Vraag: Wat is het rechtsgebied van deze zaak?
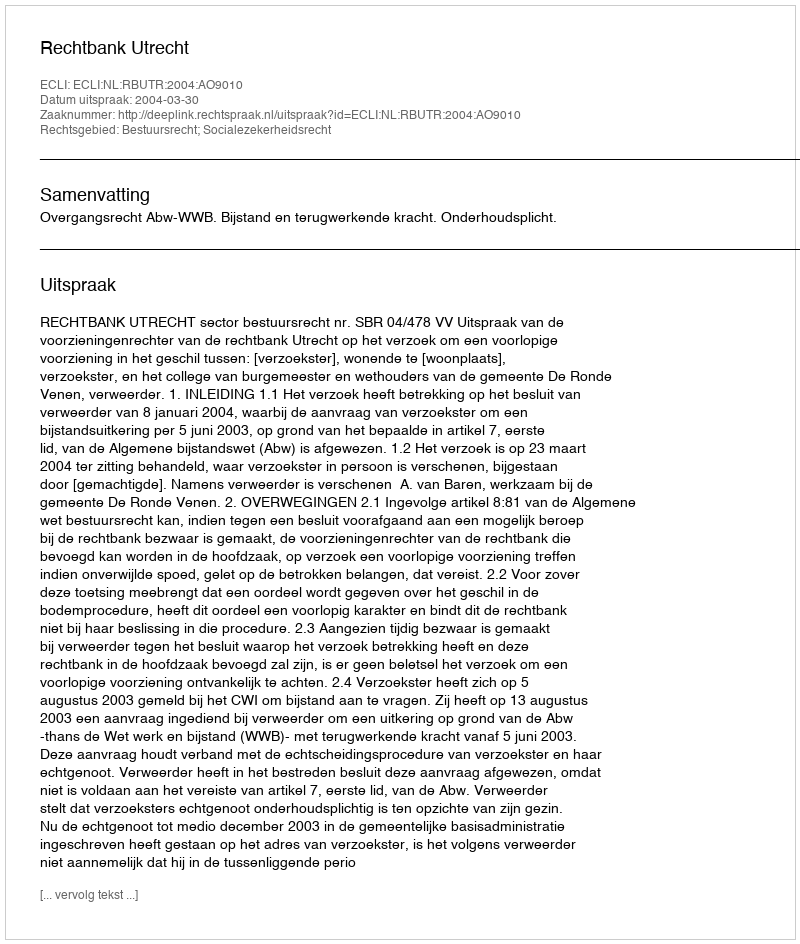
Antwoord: Bestuursrecht; Socialezekerheidsrecht